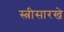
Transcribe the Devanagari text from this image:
स्त्रीसारखे